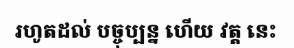
រហូតដល់ បច្ចុប្បន្ន ហើយ វត្ត នេះ